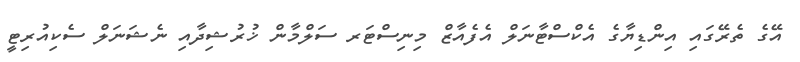
އޭގެ ތެރޭގައި އިންޑިޔާގެ އެކްސްޓާނަލް އެފެއާޒް މިނިސްޓަރ ސަލްމާން ޚުރުޝިދާއި ނެޝަނަލް ސެކިއުރިޓީ